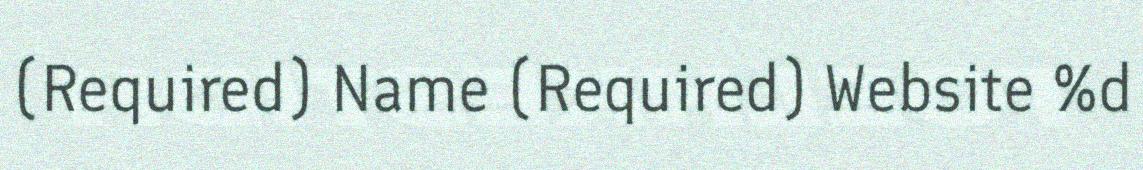
(Required) Name (Required) Website %d